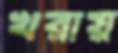
খরায়